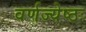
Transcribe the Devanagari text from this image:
वर्णज्येष्ठः